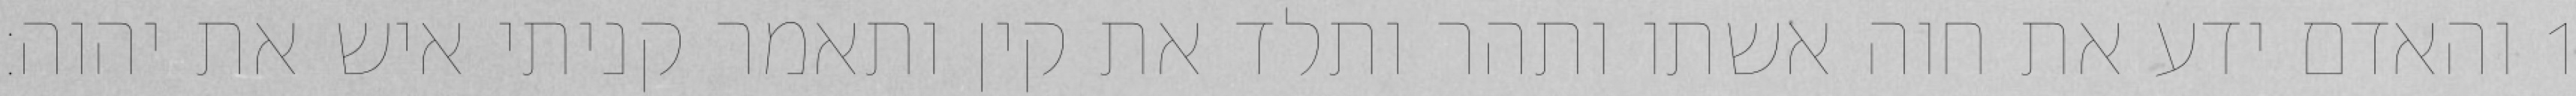
1 והאדם ידע את חוה אשתו ותהר ותלד את קין ותאמר קניתי איש את יהוה׃